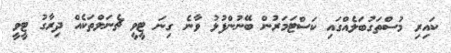
ކައިރި މުސްތަގުބަލެއްގައި ކަސްޓަމަރުން ބޭނުންފުޅު ވާނެ ގިނަ ޓީވީ ޗެނަލްތަކެއް ދިރާގު ޓީވީ